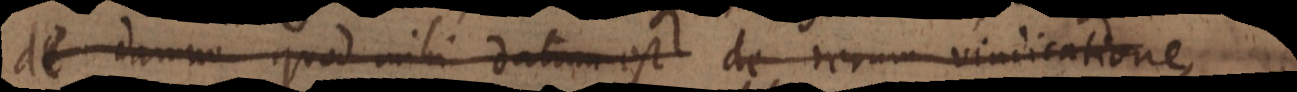
de damno quod mihi datum est de rerum vindicatione,